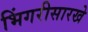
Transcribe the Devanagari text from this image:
भिंगरीसारखे